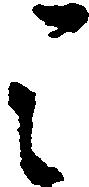
之